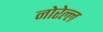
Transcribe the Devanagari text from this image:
नोरेल्ल